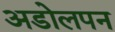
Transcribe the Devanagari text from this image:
अडोलपन